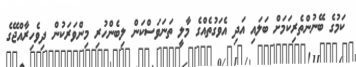
ކަމުގެ ބޭނުންތެރިކަމަށް ބަލައި އަދި އެވަގުތެއްގެ މާލީ ތަނަވަސްކަން ލިބެންހުރި މިންވަރަކުން ދިވެހިރާއްޖޭގެ